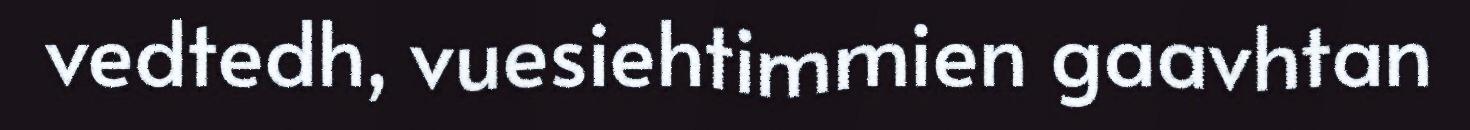
vedtedh, vuesiehtimmien gaavhtan